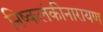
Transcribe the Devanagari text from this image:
निष्कलंकीनारायण